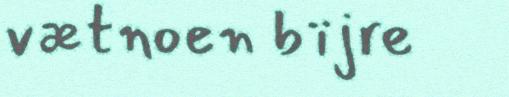
vætnoen bïjre